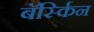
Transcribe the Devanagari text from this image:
बॅर्स्किन